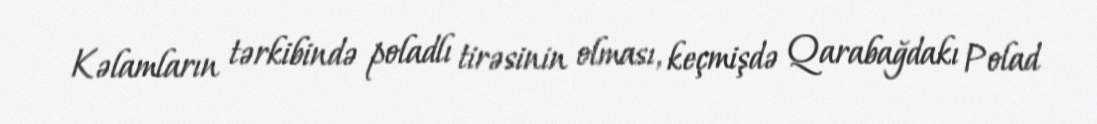
Kəlamların tərkibində poladlı tirəsinin olması, keçmişdə Qarabağdakı Polad